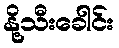
နို့သီးခေါင်း